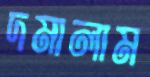
দমালাম